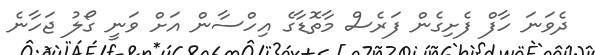
ދެވަނަ ހާފް ފެށިގެން ފަރެސް މާތޮޑާގެ އިހްސާން އަށް ވަނީ ގޯލު ޖަހާނެ